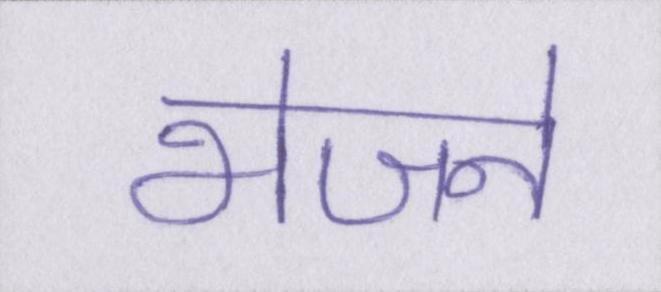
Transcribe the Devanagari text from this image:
भेजने